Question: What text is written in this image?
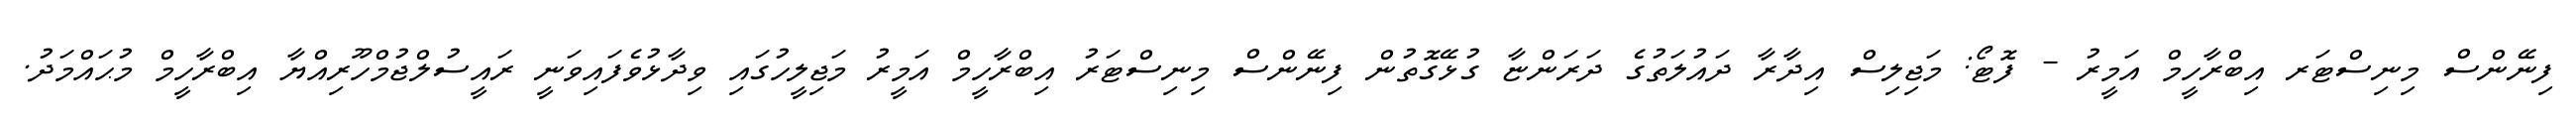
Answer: ފިނޭންސް މިނިސްޓަރ އިބްރާހީމް އަމީރު - ފޮޓޯ: މަޖިލިސް އިދާރާ ދައުލަތުގެ ދަރަންޏާ ގުޅޭގޮތުން ފިނޭންސް މިނިސްޓަރު އިބްރާހީމް އަމީރު މަޖިލީހުގައި ވިދާޅުވެފައިވަނީ ރައީސުލްޖުމްހޫރިއްޔާ އިބްރާހީމް މުޙައްމަދު.